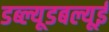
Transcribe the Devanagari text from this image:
डब्ल्यूडबल्यूई